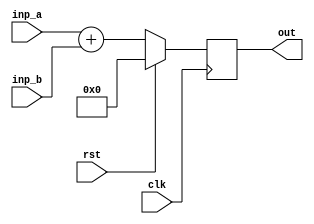
module bar(clk, rst, inp_a, inp_b, out);
  input  wire clk;
  input  wire rst;
  input  wire [7:0] inp_a;
  input  wire [7:0] inp_b;
  output reg  [7:0] out;

  always @(posedge clk)
    if (rst) out <= 0;
    else     out <= inp_a + (* ripple_adder *) inp_b;

endmodule

module foo(clk, rst, inp_a, inp_b, out);
  input  wire clk;
  input  wire rst;
  input  wire [7:0] inp_a;
  input  wire [7:0] inp_b;
  output wire [7:0] out;

  bar bar_instance (clk, rst, inp_a, inp_b, out);
endmodule